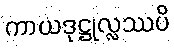
ကာယဒုဋ္ဌုလ္လဿပိ